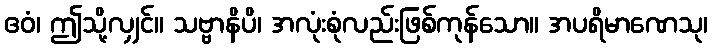
ဧဝံ၊ ဤသို့လျှင်။ သဗ္ဗာနိပိ၊ အလုံးစုံလည်းဖြစ်ကုန်သော။ အပရိမာဏေသု၊